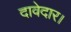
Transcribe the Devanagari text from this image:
दावेदार।